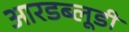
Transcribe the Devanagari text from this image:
आरडब्लूडी